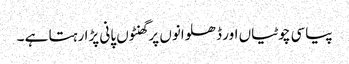
پیاسی چوٹیاں اور ڈھلوانوں پر گھنٹوں پانی پڑا رہتا ہے ۔